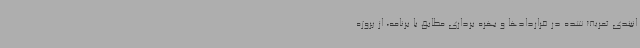
انبندی تعریف شده در قراردادها و بهره برداری مطابق با برنامه، از پروژه